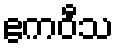
ဧကဝီသ